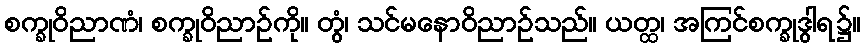
စက္ခုဝိညာဏံ၊ စက္ခုဝိညာဉ်ကို။ တွံ၊ သင်မနောဝိညာဉ်သည်။ ယတ္ထ၊ အကြင်စက္ခုဒွါရ၌။